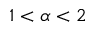
1 < \alpha < 2